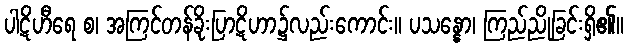
ပါဋိဟီရေ စ၊ အကြင်တန်ခိုးပြာဋိဟာ၌လည်းကောင်း။ ပသန္နော၊ ကြည်ညိုခြင်းရှိ၏။